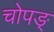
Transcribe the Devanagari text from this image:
चोपङ्